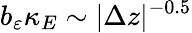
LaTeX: b_{\varepsilon}\kappa_{E}\sim\vert\Delta z\vert^{-0.5}